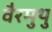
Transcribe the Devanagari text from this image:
वैरमुथु